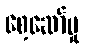
စေ့ဆော်မှု